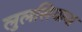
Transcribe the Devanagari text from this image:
लुलसियाना